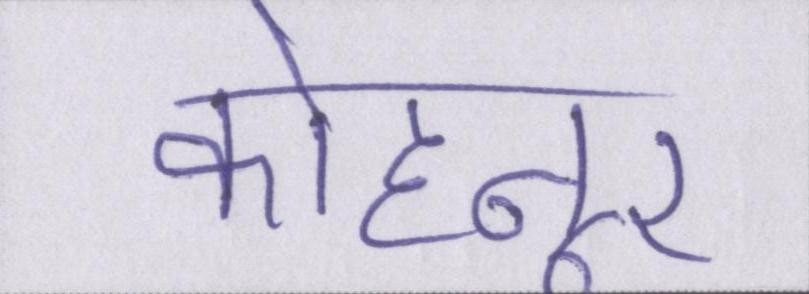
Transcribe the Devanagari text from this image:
कोहनूर